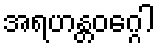
အရဟန္တဝဂ္ဂေါ